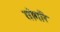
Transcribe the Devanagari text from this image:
तोगरि